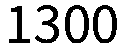
1300